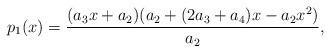
LaTeX: \begin{align*}p_1(x)=\frac{(a_3 x + a_2) (a_2 + (2 a_3 + a_4) x - a_2 x^2)}{a_2},\end{align*}